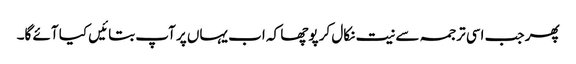
پھر جب اسی ترجمہ سے نیت نکال کر پوچھا کہ اب یہاں پر آپ بتائیں کیا آئے گا۔